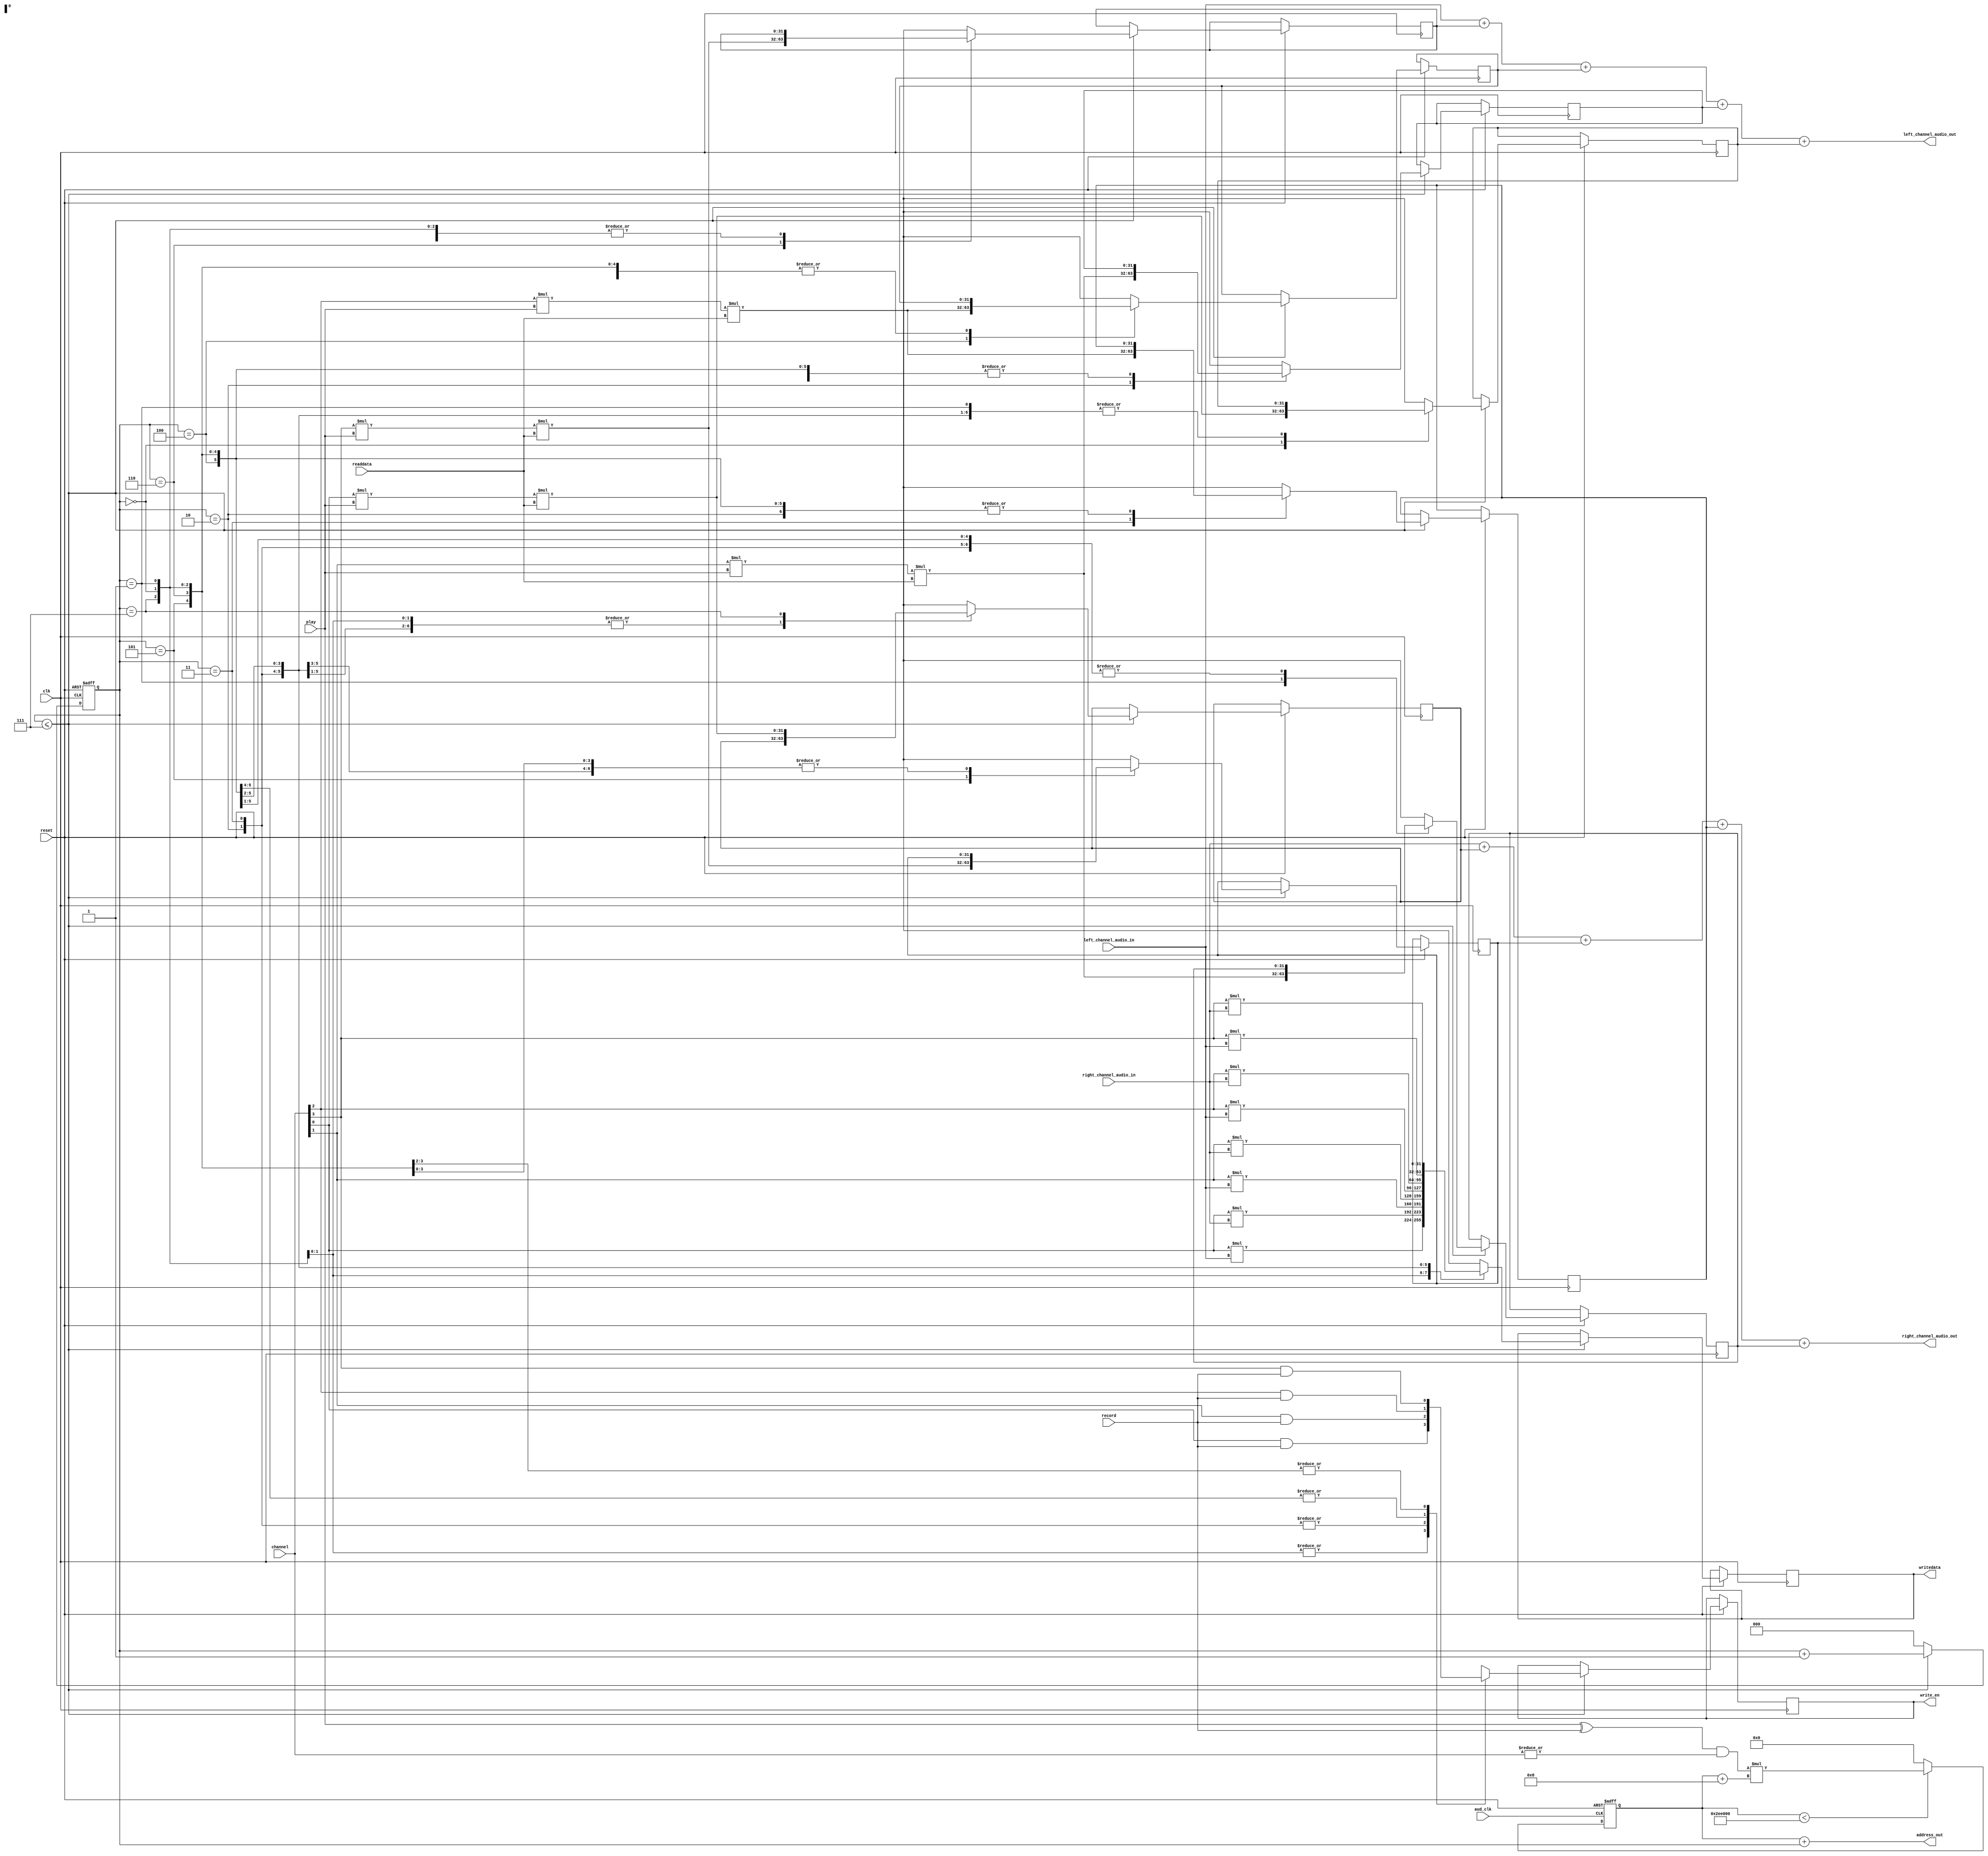
module loop(aud_clk,							// in 		:Audio clock set to 48 Khz
				clk,								// in			:System clock set to 50 Mhz
				readdata,						// in [31:0]:Read data from sdram
				left_channel_audio_in,		// in [31:0]:Left audio channel in
				right_channel_audio_in,		// in [31:0]:Right channel audio in
				reset,							// in			:Async Reset
				record,							// in 		:Record
				channel,							// in [3:0]	:4 way channel Select
				play,								// in 		:Play read audio
				address_out,					// out[24:0]:Address to save audio to sram
				writedata,						// out[31:0]:Data to save on sram
				write_en,						// out		: whether or not to write to sdram
				left_channel_audio_out,		// out[31:0]:Left channel audio out
				right_channel_audio_out		// out[31:0]:Right channel audio out
);
	// inputs and out puts
	input aud_clk;
	input clk;
	input record;
	input [31:0] 	readdata;
	input	[31:0]	left_channel_audio_in;
	input	[31:0]	right_channel_audio_in;
	input reset;
	input play;
	input [3:0] channel;

	output		[24:0]	address_out;
	output reg	[31:0] 	writedata;
	output reg 				write_en;
	output 		[31:0]	left_channel_audio_out;
	output 		[31:0]	right_channel_audio_out;
	// registers
	reg [24:0] address;
	reg left;
	reg [2:0] counter; 
	reg [31:0] out;
	// Constants
	reg [24:0] max_address = 25'd3072000;
	reg [3:0]  switch_delay = 4'b0111;
	// Loop box registers
	reg [31:0] loop1_left_out;
	reg [31:0] loop2_left_out;
	reg [31:0] loop3_left_out;
	reg [31:0] loop4_left_out;
	reg [31:0] loop1_right_out;
	reg [31:0] loop2_right_out;
	reg [31:0] loop3_right_out;
	reg [31:0] loop4_right_out;
	// Set Address
	always @ (posedge aud_clk, negedge reset)
	begin
		if (!reset)
			address = 0;
		else if (address < max_address) address = ((play ^ record) && (|channel)) * (address + 8);
		else address = 0;
	end

	// Set Read data and write data
	always @ (posedge clk, negedge reset)
	begin
		if (!reset)
			begin
				counter <= 0;
			end
		else if (counter <= switch_delay)
			begin
				// Increment counter
				counter <= counter + 1;
				// read/write
				case (counter)
					// Loop 1
					3'b000: 
						begin
							loop1_left_out =  channel[0]* play * readdata;
							writedata = channel[0] * left_channel_audio_in;			// Works
							write_en = channel[0] && record;
						end
					3'b001:
						begin
							loop1_right_out = channel[1] * play * readdata;			// Doesnt work
							writedata = channel[0] * right_channel_audio_in;
							write_en = channel[0] && record;
						end
					// Loop 2
					3'b010:
						begin
							loop2_left_out = channel[1] * play * readdata;		 // Works
							writedata = channel[1] * left_channel_audio_in;
							write_en = channel[1] && record;
						end
					3'b011:
						begin
							loop2_right_out = channel[2] * play * readdata;		// Works
							writedata = channel[1] * right_channel_audio_in;
							write_en = channel[1] && record;
						end
					// Loop 3
					3'b100:
						begin
							loop3_left_out = channel[2] * play * readdata;		// Works
							writedata = channel[2] * left_channel_audio_in;
							write_en = channel[2] && record;
						end
					3'b101:
						begin
							loop3_right_out = channel[3] * play * readdata;
							writedata = channel[2] * right_channel_audio_in;	//Works
							write_en = channel[2] && record;
						end
					// Loop 4
					3'b110:
						begin
							
							loop4_left_out = channel[3] * play * readdata;
							writedata = channel[3] * left_channel_audio_in;  	// Works
							write_en = channel[3] && record;
						end
					3'b111:
						begin
							loop4_right_out = channel[0] * play * readdata;
							writedata = channel[3] * right_channel_audio_in;	// Plays loop 3
							write_en = channel[3] && record;
						end
					default:;
				endcase
			end
		else counter = 0;
	end
	assign left_channel_audio_out =  left_channel_audio_in+ loop4_left_out + loop3_left_out + loop2_left_out + loop1_left_out;
	assign right_channel_audio_out = right_channel_audio_in+loop4_right_out + loop3_right_out + loop2_right_out + loop1_right_out;
	assign address_out = address + counter;
endmodule